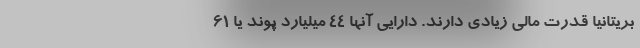
بریتانیا قدرت مالی زیادی دارند. دارایی آنها 44 میلیارد پوند یا 61